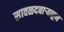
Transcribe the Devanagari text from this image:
सावळदबार्‍याहून